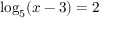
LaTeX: \log _ { 5 } ( x - 3 ) = 2